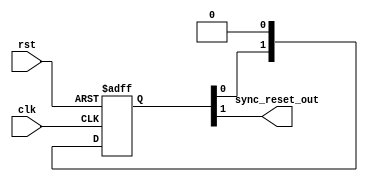
/*

Copyright (c) 2014-2018 Alex Forencich

Permission is hereby granted, free of charge, to any person obtaining a copy
of this software and associated documentation files (the "Software"), to deal
in the Software without restriction, including without limitation the rights
to use, copy, modify, merge, publish, distribute, sublicense, and/or sell
copies of the Software, and to permit persons to whom the Software is
furnished to do so, subject to the following conditions:

The above copyright notice and this permission notice shall be included in
all copies or substantial portions of the Software.

THE SOFTWARE IS PROVIDED "AS IS", WITHOUT WARRANTY OF ANY KIND, EXPRESS OR
IMPLIED, INCLUDING BUT NOT LIMITED TO THE WARRANTIES OF MERCHANTABILITY
FITNESS FOR A PARTICULAR PURPOSE AND NONINFRINGEMENT. IN NO EVENT SHALL THE
AUTHORS OR COPYRIGHT HOLDERS BE LIABLE FOR ANY CLAIM, DAMAGES OR OTHER
LIABILITY, WHETHER IN AN ACTION OF CONTRACT, TORT OR OTHERWISE, ARISING FROM,
OUT OF OR IN CONNECTION WITH THE SOFTWARE OR THE USE OR OTHER DEALINGS IN
THE SOFTWARE.

*/

// Language: Verilog-2001

`timescale 1 ns / 1 ps

/*
 * Synchronizes an active-high asynchronous reset signal to a given clock by
 * using a pipeline of N registers.
 */
module sync_reset #(
    parameter N=2 // depth of synchronizer
)(
    input wire clk,
    input wire rst,
    output wire sync_reset_out
);

reg [N-1:0] sync_reg = {N{1'b1}};

assign sync_reset_out = sync_reg[N-1];

always @(posedge clk or posedge rst) begin
    if (rst)
        sync_reg <= {N{1'b1}};
    else
        sync_reg <= {sync_reg[N-2:0], 1'b0};
end

endmodule